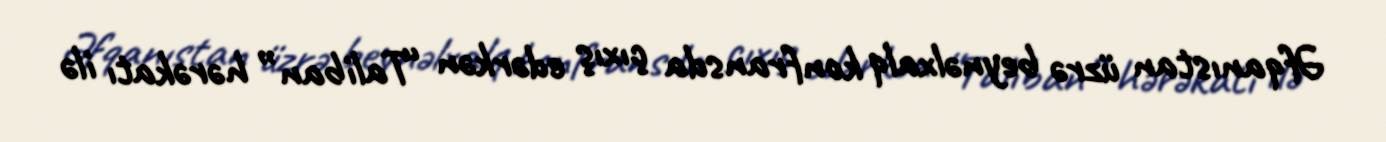
Əfqanıstan üzrə beynəlxalq konfransda çıxış edərkən “Taliban” hərəkatı ilə